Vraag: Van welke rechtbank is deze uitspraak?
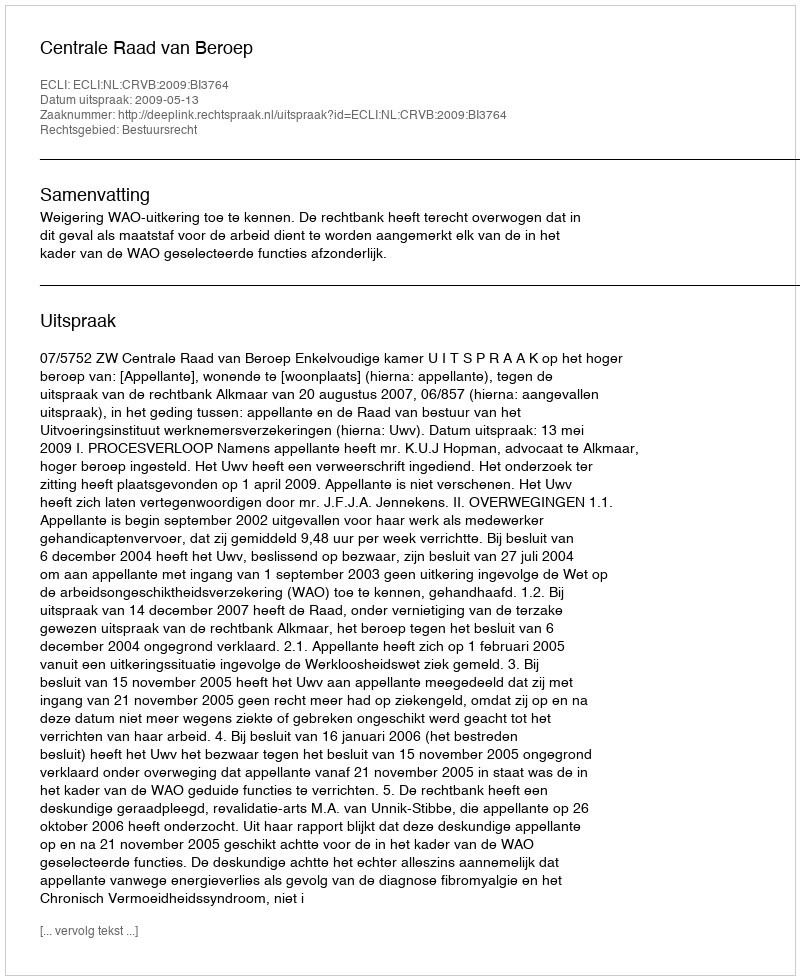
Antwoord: Centrale Raad van Beroep